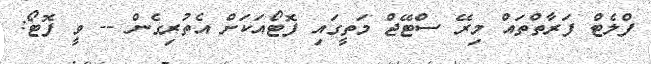
ފްލެޓް ފަރާތްތައް މިރޭ ސްޓޭޖް މަތީގައި ފޮޓޯއަކަށް އެތުރިގެން -- ވީ ފޮޓޯ: